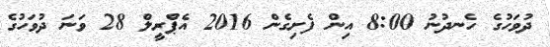
ދުވަހުގެ ހެނދުނު 8:00 އިން ފެށިގެން 2016 އެޕްރީލް 28 ވަނަ ދުވަހުގެ